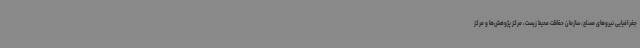
جغرافیایی نیروهای مسلح، سازمان حفاظت محیط زیست، مرکز پژوهش‌ها و مرکز